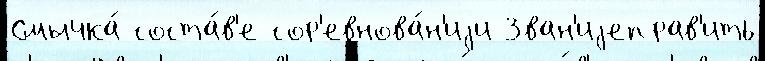
Смычка́ соста́в'е сор'евнова́н'иjи Зван'иjеправ'ить